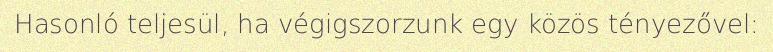
Hasonló teljesül, ha végigszorzunk egy közös tényezővel: